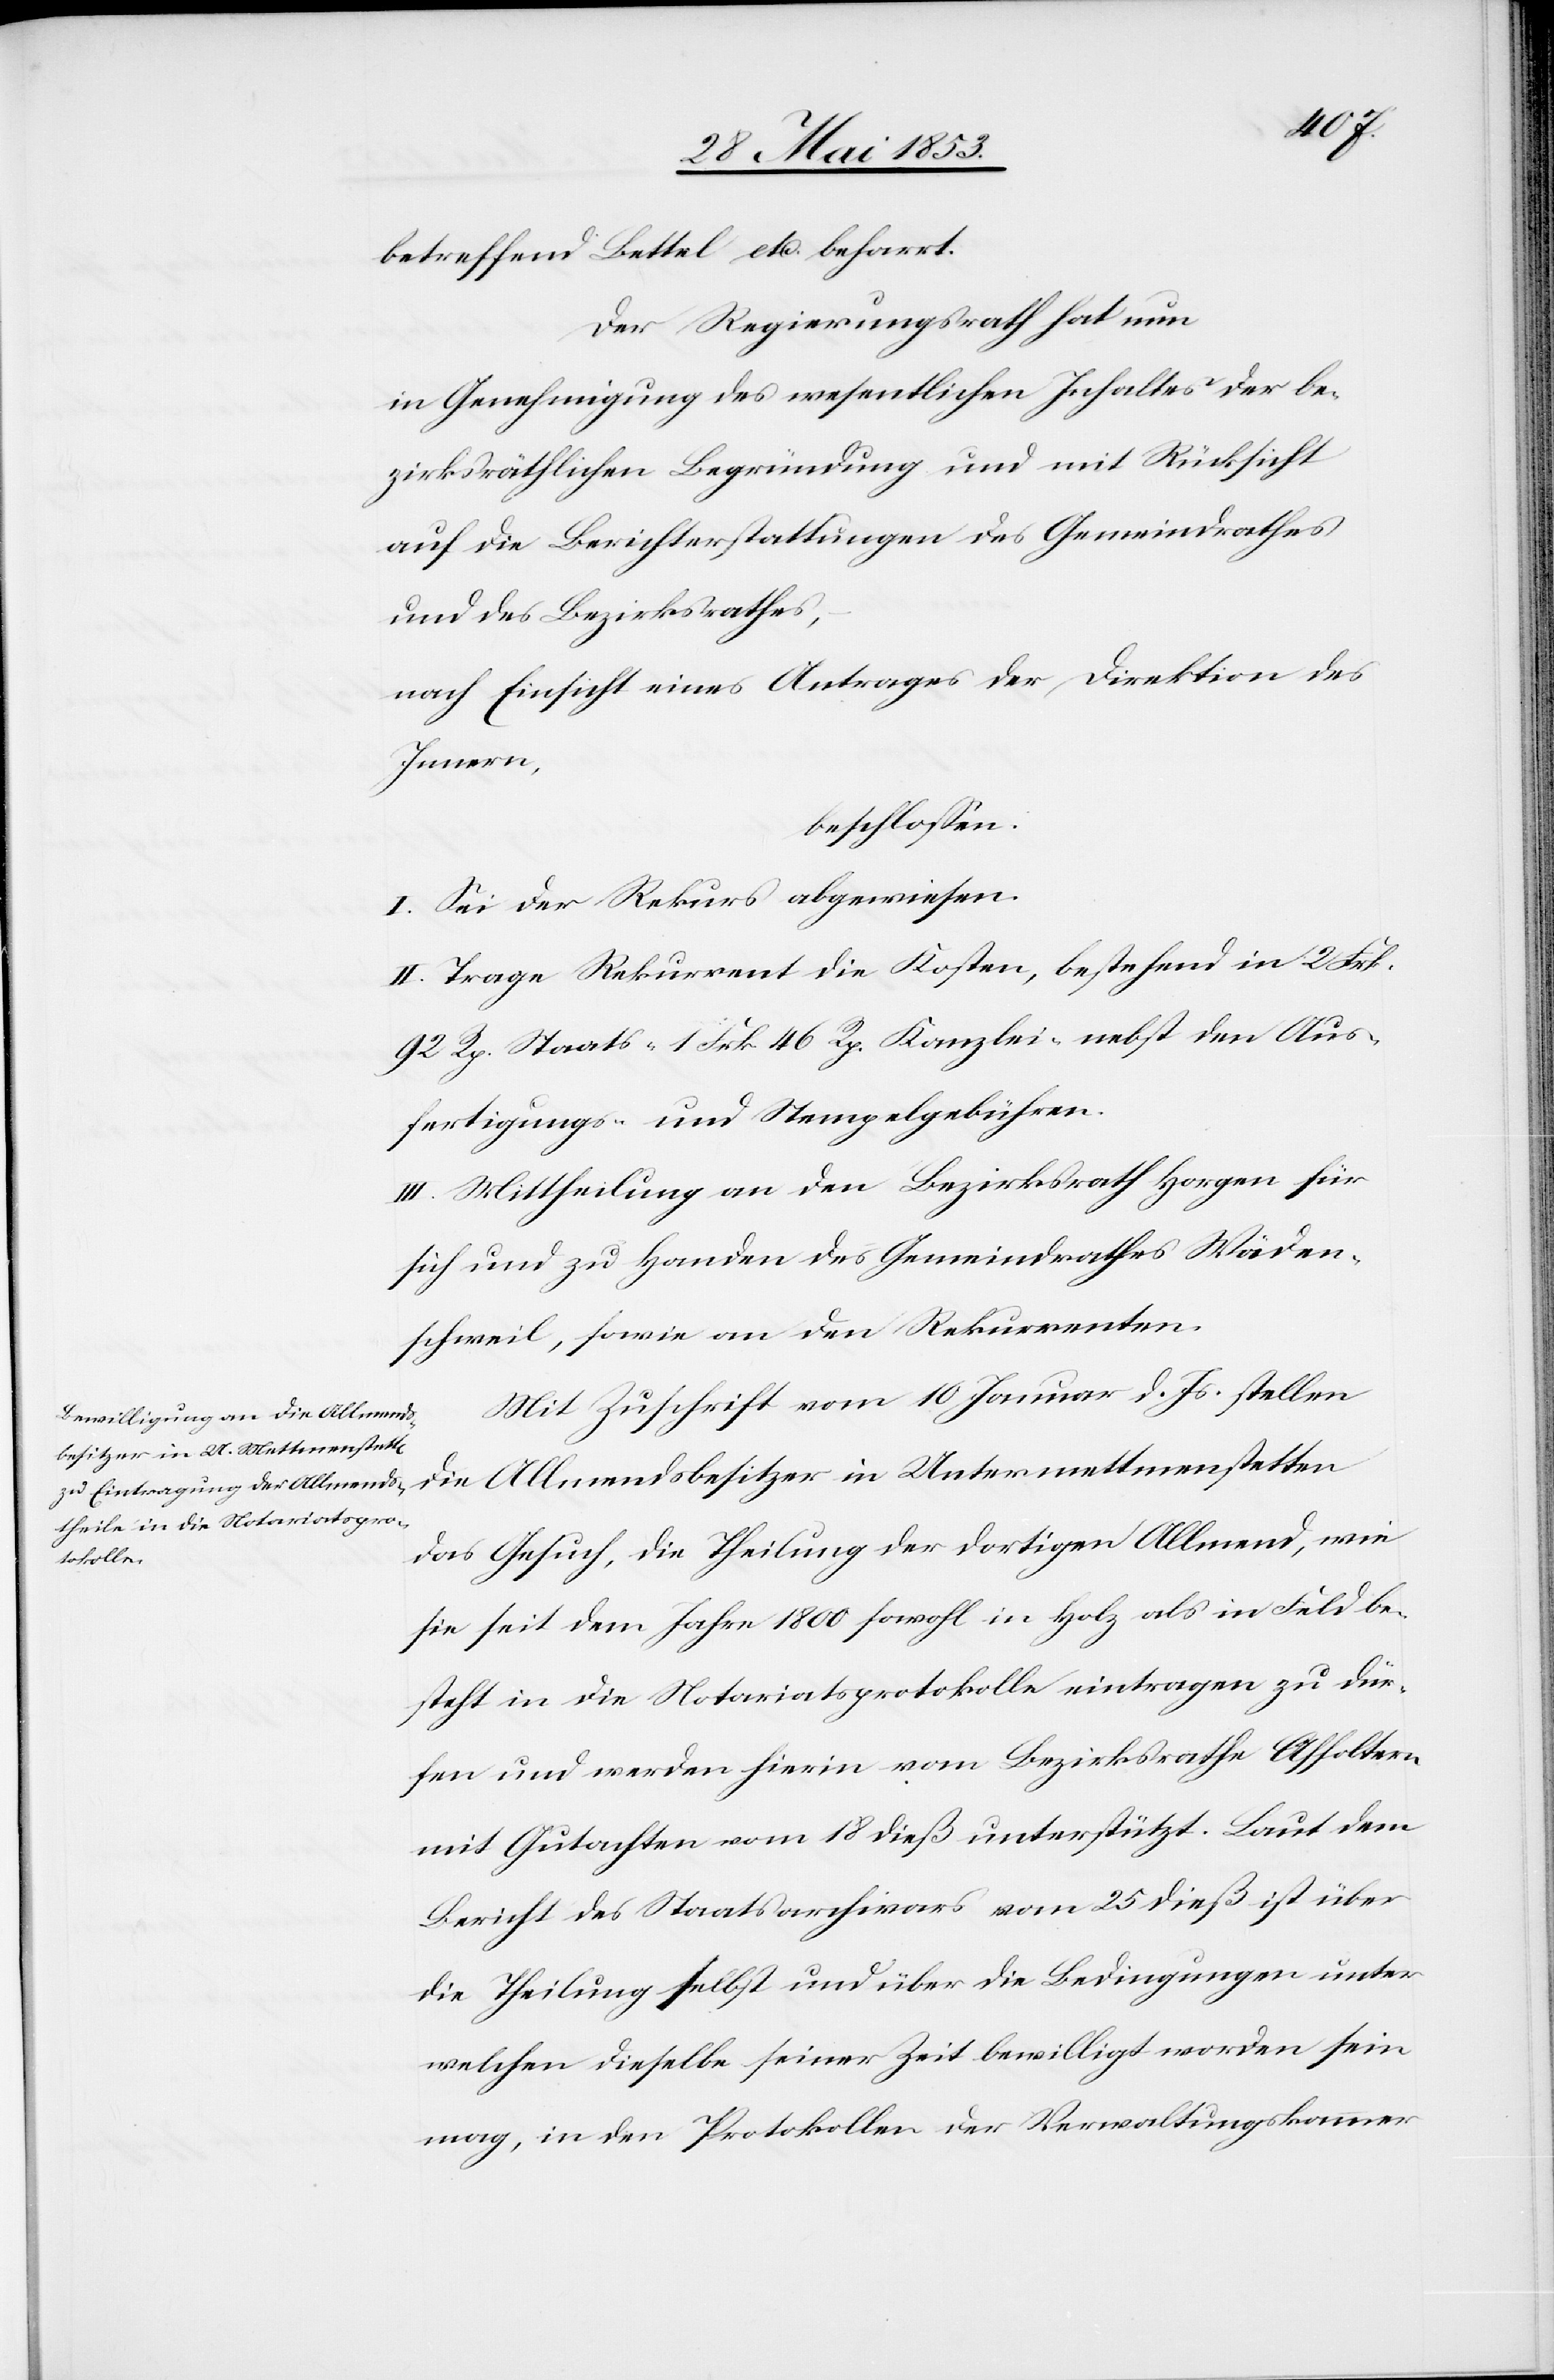
betreffend Bettel etc. beharrt.
Der Regierungsrath hat nun
in Genehmigung des wesentlichen Inhaltes der be¬
zirksräthlichen Begründung und mit Rücksicht
auf die Berichterstattung des Gemeindrathes
und des Bezirksrathes,
nach Einsicht eines Antrages der Direktion des
Innern,
beschloßen:
I. Sei der Rekurs abgewiesen.
II. Trage Rekurrent die Kosten, bestehend in 2 Frk.
92 Rp. Staats-[,] 1 Frk. 46 Rp. Kanzlei- nebst den Aus¬
fertigungs- u. Stempelgebühren.
III. Mittheilung an den Bezirksrath Horgen für
sich und zu Handen des Gemeindrathes Wäden¬
schweil, sowie an den Rekurrenten.
Mit Zuschrift vom 10 Januar d. Js. stellen
die Allmendsbesitzer in Untermettmenstetten
das Gesuch, die Theilung der dortigen Allmend, wie
sie seit dem Jahre 1800 sowohl in Holz als in Feld be¬
steht in die Notariatsprotokolle eintragen zu dür¬
fen und werden hierin vom Bezirksrathe Affoltern
mit Gutachten vom 18 dieß unterstützt. Laut dem
Bericht des Staatsarchivars vom 25 dieß ist über
die Theilung selbst und über die Bedingungen unter
welchen dieselbe seiner Zeit bewilligt worden sein
mag, in den Protokollen der Verwaltungskammer